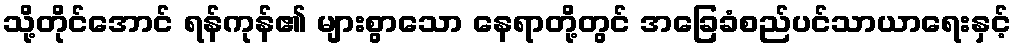
သို့တိုင်အောင် ရန်ကုန်၏ များစွာသော နေရာတို့တွင် အခြေခံစည်ပင်သာယာရေးနှင့်